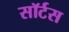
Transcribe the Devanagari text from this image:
सॉर्टस